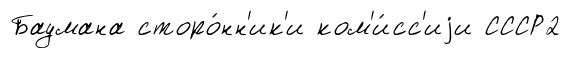
Баумана сторо́нн'ик'и ком'и́сс'иjи СССР2